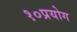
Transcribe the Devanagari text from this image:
१०प्रयोग